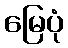
မြေပုံ